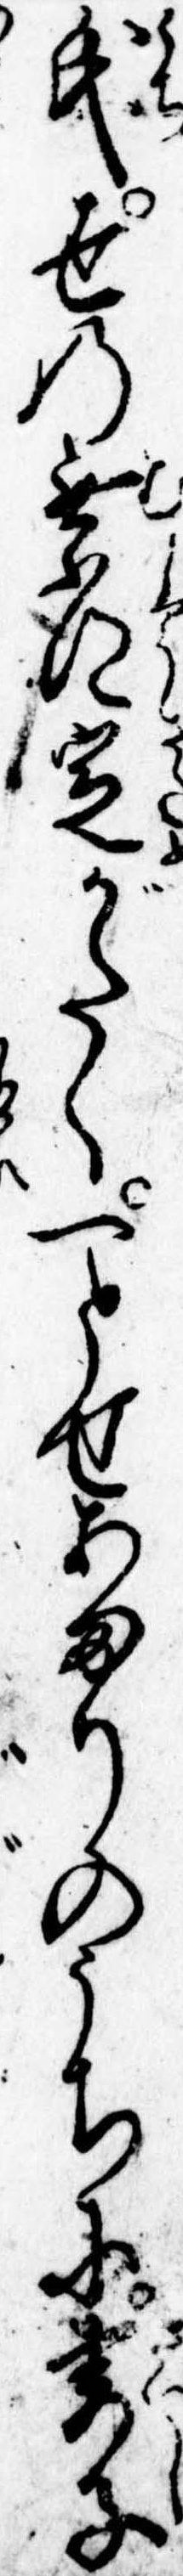
氏世の無常定がたく一とせあまりのうちに妻子